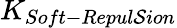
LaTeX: K_{Soft-Repul\mathcal{S}ion}